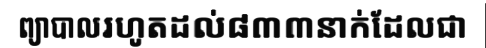
ព្យាបាលរហូតដល់៨៣៣នាក់ដែលជា